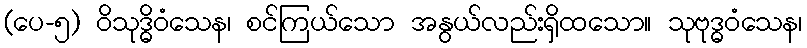
(ပေ-၅) ဝိသုဒ္ဓိဝံသေန၊ စင်ကြယ်သော အနွယ်လည်းရှိထသော။ သုဗုဒ္ဓဝံသေန၊